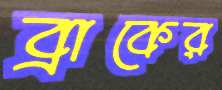
ব্রাকের